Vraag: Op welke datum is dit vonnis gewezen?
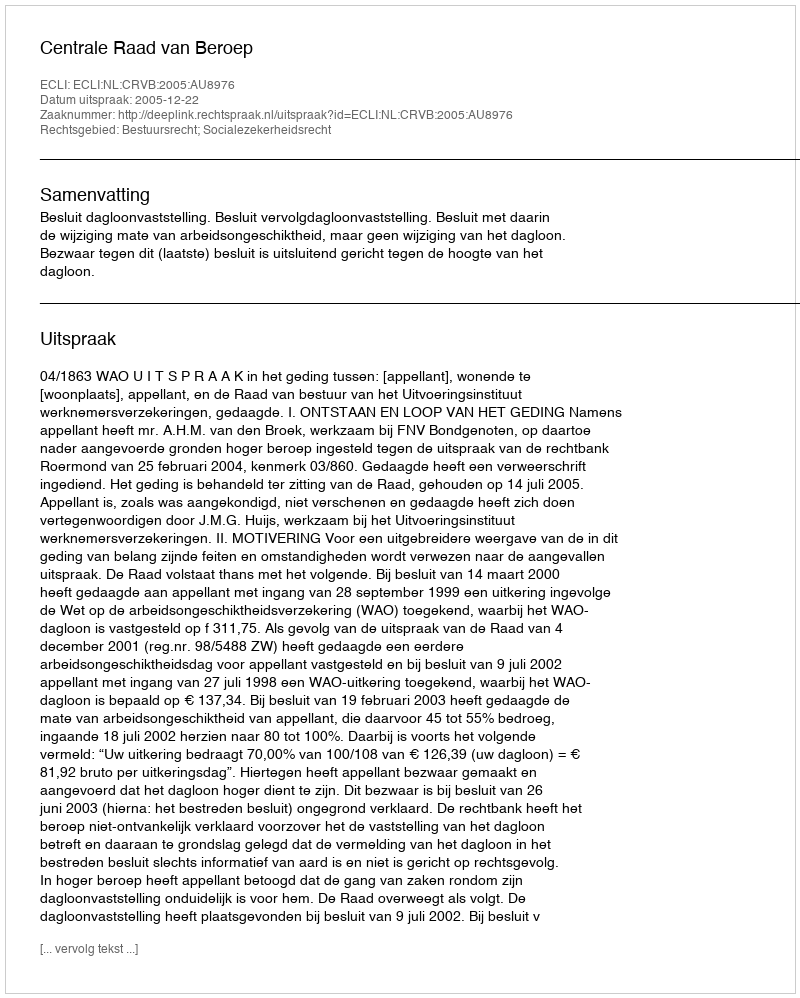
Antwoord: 2005-12-22